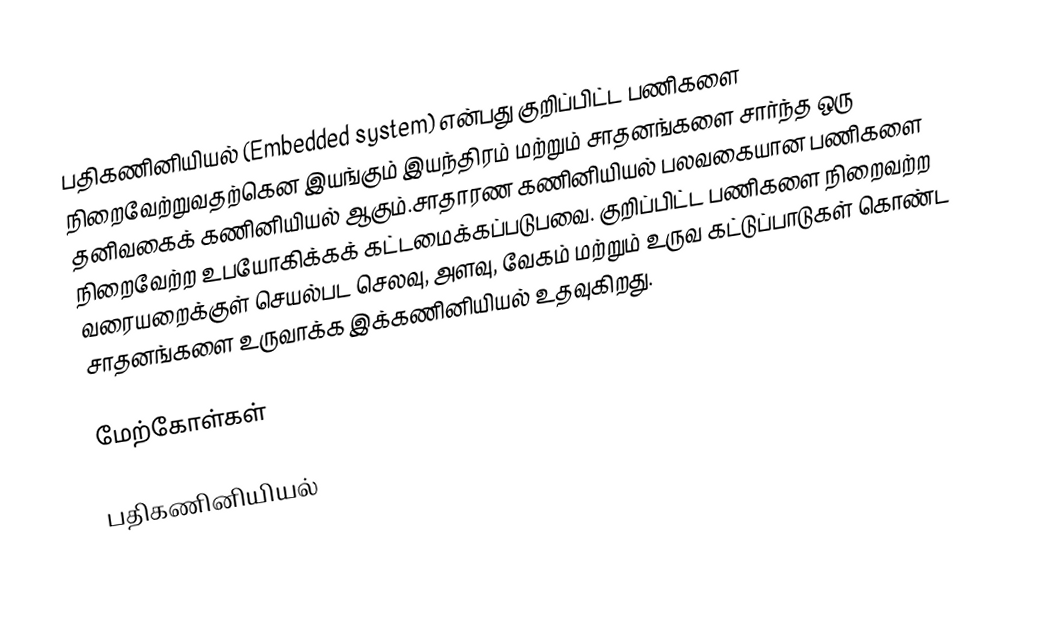
பதிகணினியியல் (Embedded system) என்பது குறிப்பிட்ட பணிகளை நிறைவேற்றுவதற்கென இயங்கும் இயந்திரம் மற்றும் சாதனங்களை சார்ந்த ஒரு தனிவகைக் கணினியியல் ஆகும்.சாதாரண கணினியியல் பலவகையான பணிகளை நிறைவேற்ற உபயோகிக்கக் கட்டமைக்கப்படுபவை. குறிப்பிட்ட பணிகளை நிறைவற்ற வரையறைக்குள் செயல்பட செலவு, அளவு, வேகம் மற்றும் உருவ கட்டுப்பாடுகள் கொண்ட சாதனங்களை உருவாக்க  இக்கணினியியல் உதவுகிறது.

மேற்கோள்கள்

பதிகணினியியல்